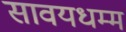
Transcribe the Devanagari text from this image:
सावयधम्म